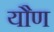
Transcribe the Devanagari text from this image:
यौण